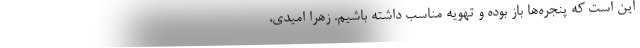
این است که پنجره‌ها باز بوده و تهویه مناسب داشته باشیم. زهرا امیدی،